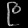
Digit: ၉